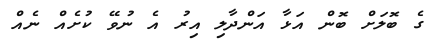
ގެ ބޮލަށް ބޮން އަޅާ އަންދާލި އިރު އެ ނުވޭ ކުށެއް ނެއް